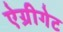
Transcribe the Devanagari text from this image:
ऐग्रीगेट